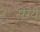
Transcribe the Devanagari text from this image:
सेग्ये